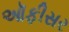
ઑફીસર